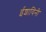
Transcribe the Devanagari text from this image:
ईशायिनी